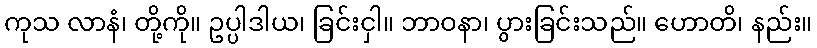
ကုသ လာနံ၊ တို့ကို။ ဥပ္ပါဒါယ၊ ခြင်းငှါ။ ဘာဝနာ၊ ပွားခြင်းသည်။ ဟောတိ၊ နည်း။